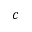
c